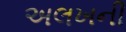
અલખની